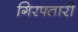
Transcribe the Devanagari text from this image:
गिरफ्तारी